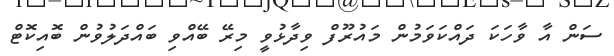
ސަން އާ ވާހަކަ ދައްކަވަމުން މައުރޫފް ވިދާޅުވީ މިރޭ ބޭއްވި ބައްދަލުވުން ބޮއިކޮޓް